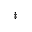
^ \ddagger